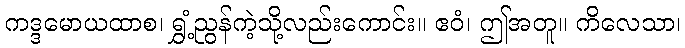
ကဒ္ဒမောယထာစ၊ ရွှံ့ညွန်ကဲ့သို့လည်းကောင်း။ ဧဝံ၊ ဤအတူ။ ကိလေသာ၊